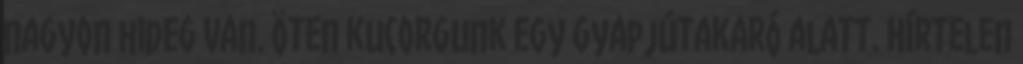
nagyon hideg van. Öten kucorgunk egy gyapjútakaró alatt. Hírtelen